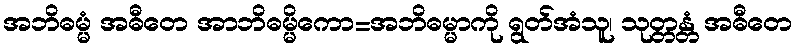
အဘိဓမ္မံ အဓီတေ အာဘိဓမ္မိကော=အဘိဓမ္မာကို ရွတ်အံသူ၊ သုတ္တန္တံ အဓီတေ